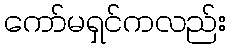
ကော်မရှင်ကလည်း